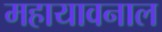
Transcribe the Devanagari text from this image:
महायावनाल